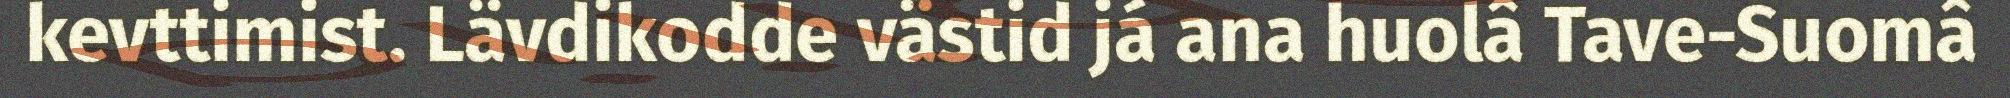
kevttimist. Lävdikodde västid já ana huolâ Tave-Suomâ